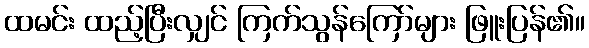
ထမင်း ထည့်ပြီးလျှင် ကြက်သွန်ကြော်များ ဖြူးပြန်၏။